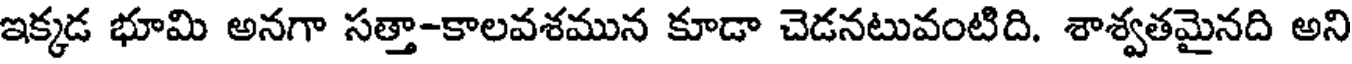
ఇక్కడ భూమి అనగా సత్తా-కాలవశమున కూడా చెడనటువంటిది. శాశ్వతమైనది అని